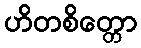
ဟိတစိတ္တော